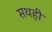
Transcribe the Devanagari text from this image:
सथही